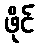
ဖိုင်